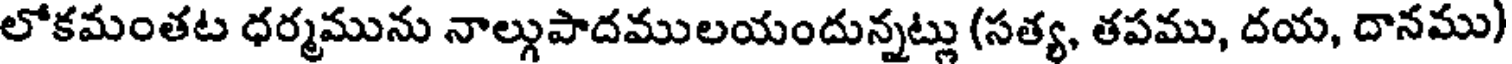
లోకమంతట ధర్మమును నాల్గుపాదములయందున్నట్లు (సత్య, తపము, దయ, దానము)